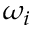
\omega _ { i }